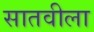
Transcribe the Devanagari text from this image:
सातवीला